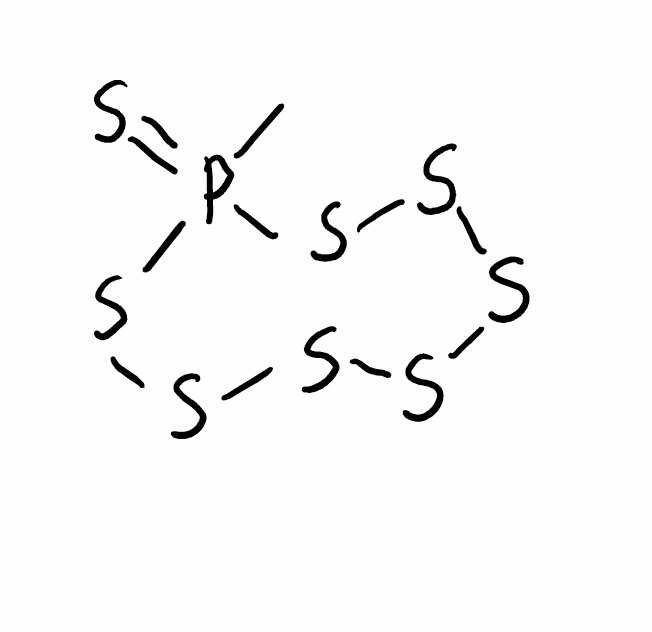
Simplified molecular-input line-entry system (SMILES) notation of the given molecule:
CP1(=S)SSSSSSS1